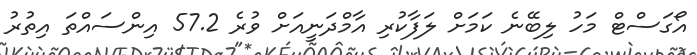
އޯގަސްޓް މަހު ލިބޭނެ ކަމަށް ލަފާކުރި އާމްދަނީއަށް ވުރެ 57.2 އިންސައްތަ އިތުރު